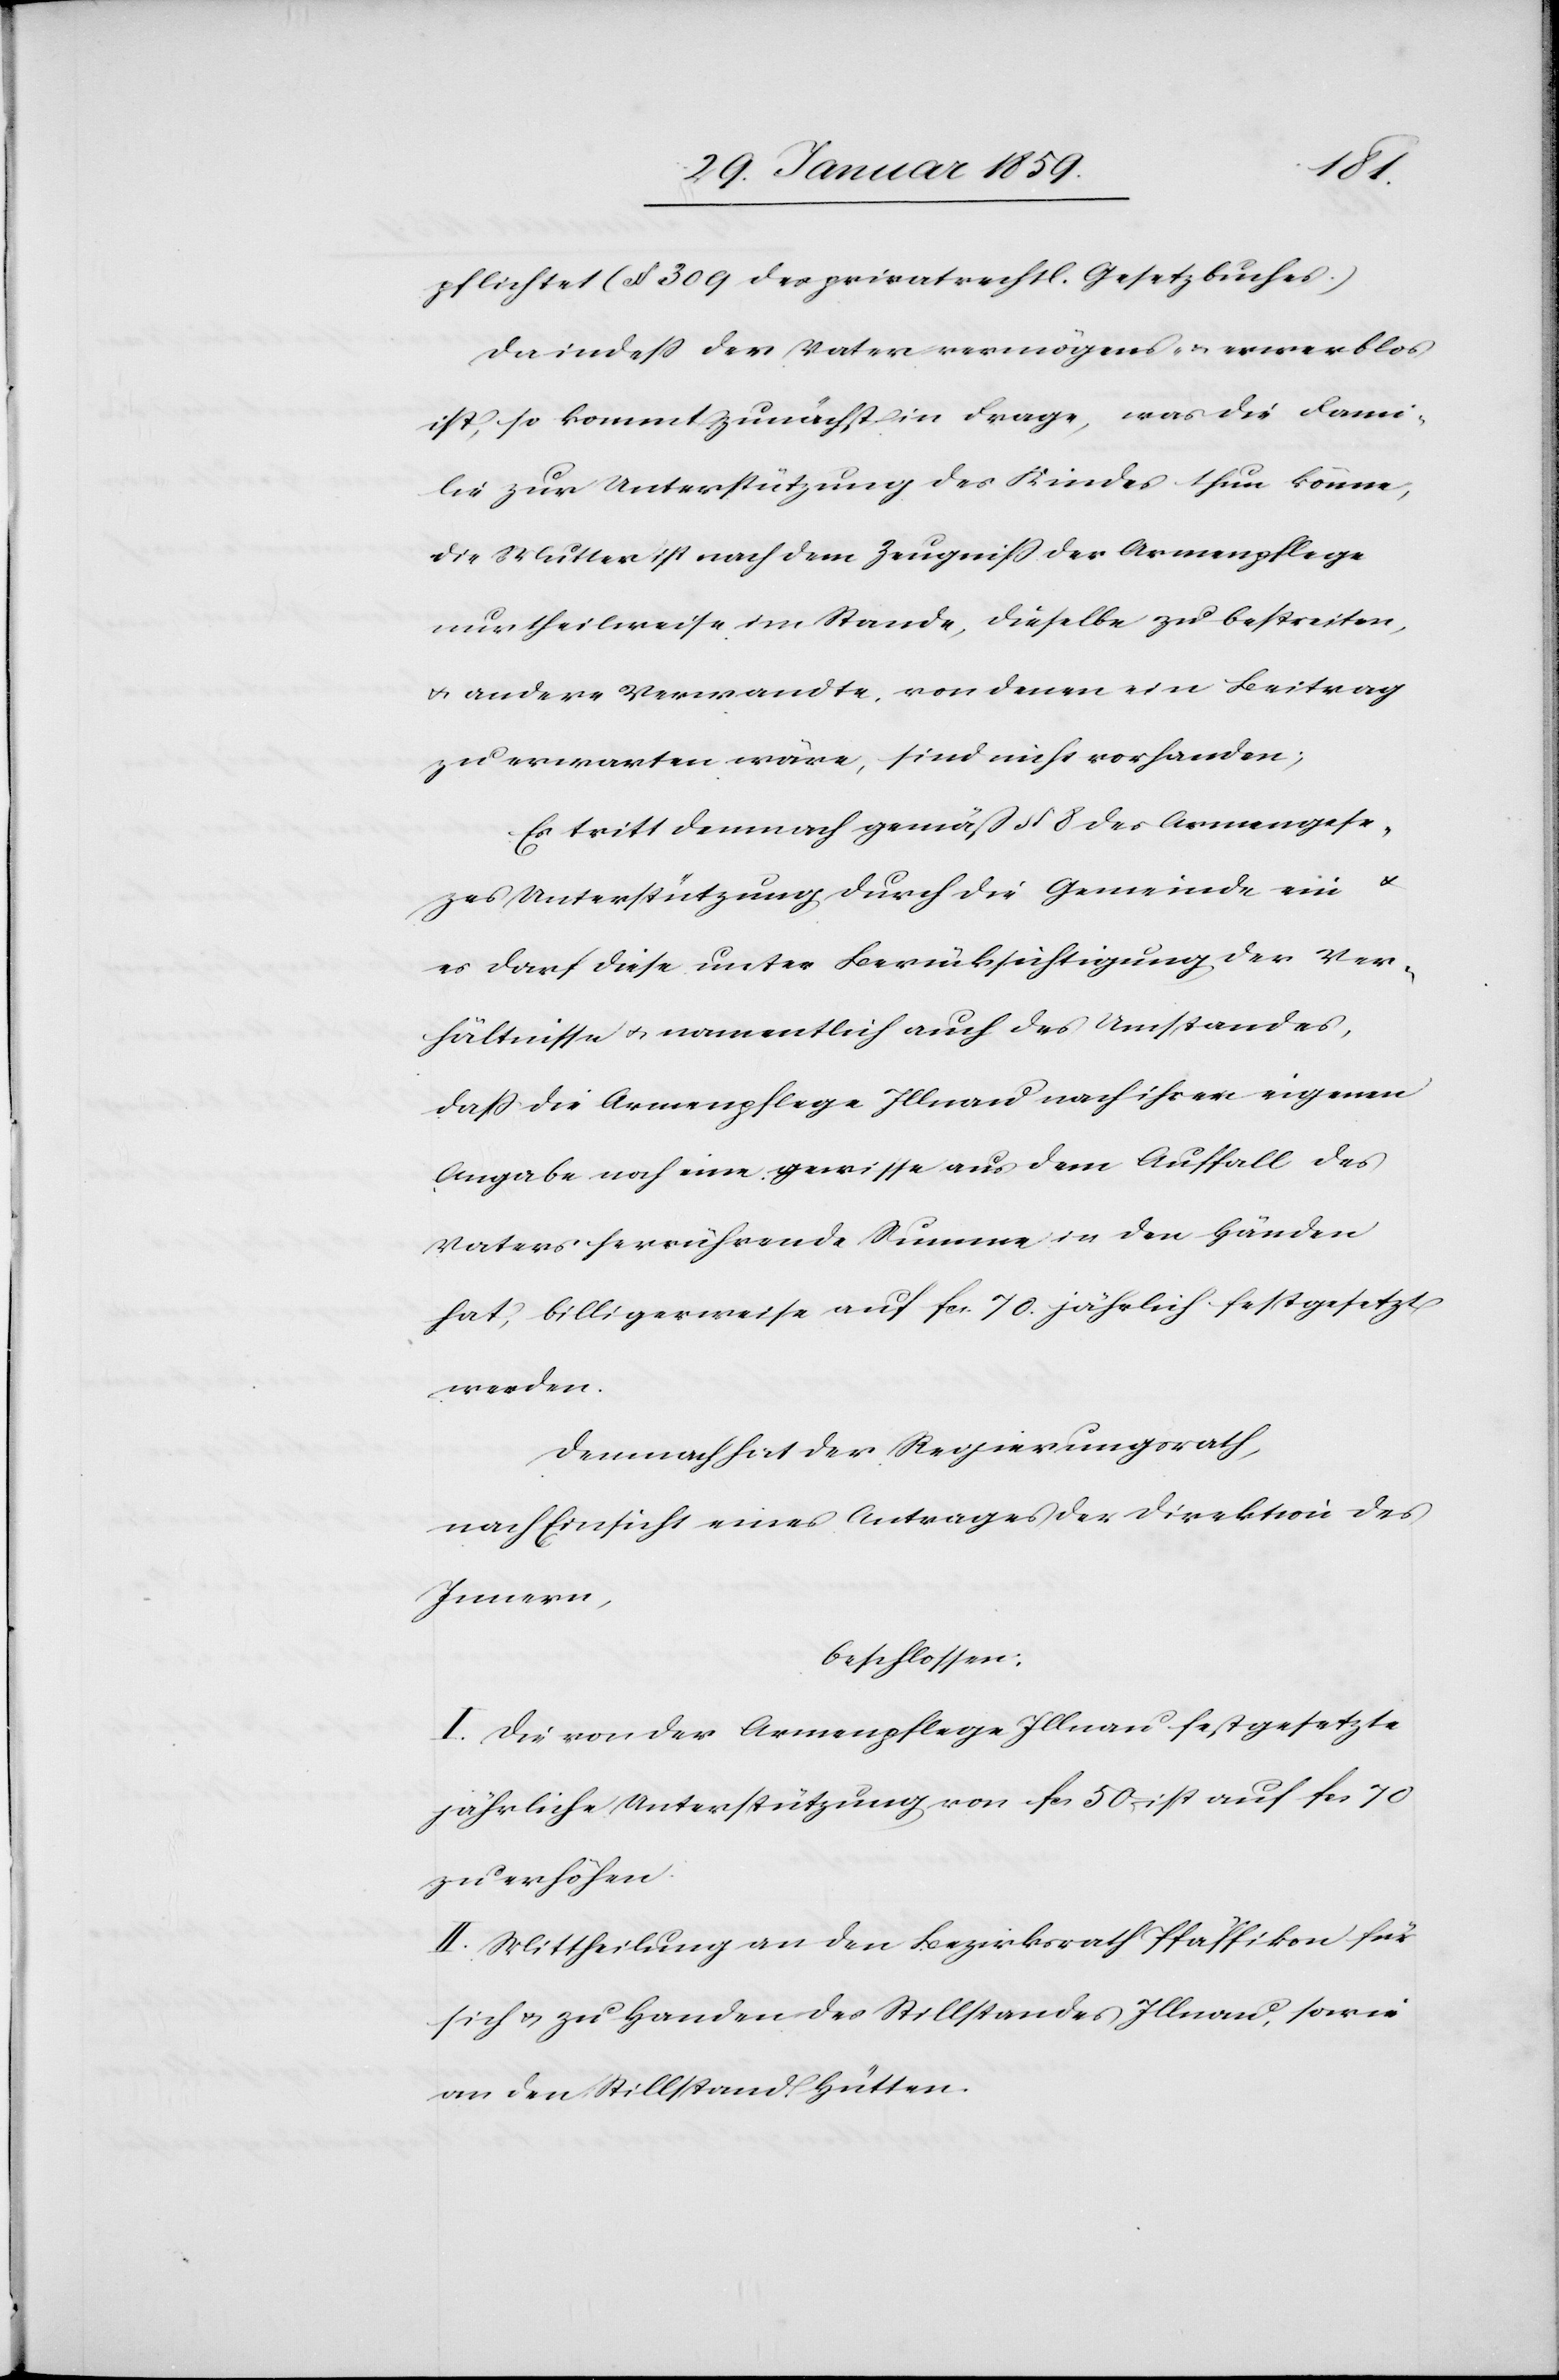
pflichtet (§ 309 des privatrechtl. Gesetzbuches.).
Da indeß der Vater vermögens- u. erwerblos
ist, so kommt zunächst in Frage, was die Fami¬
lie zur Unterstützung des Kindes thun könne;
die Mutter ist nach dem Zeugniß der Armenpflege
nur theilweise im Stande, dieselbe zu bestreiten,
u. andere Verwandte, von denen ein Beitrag
zu erwarten wäre, sind nicht vorhanden;
Es tritt demnach gemäß § 8 des Armengeset¬
zes Unterstützung durch die Gemeinde ein
es darf diese unter Berücksichtigung der Ver¬
hältnisse u. namentlich auch des Umstandes,
daß die Armenpflege Illnau nach ihrer eigenen
Angabe noch eine gewisse aus dem Auffall des
Vaters herrührende Summe in den Händen
hat, billigerweise auf fcs. 70. jährlich festgesetzt
werden.
Demnach hat der Regierungsrath,
nach Einsicht eines Antrages der Direktion des
Innern,
beschlossen:
I. Die von der Armenpflege Illnau festgesetzte
jährliche Unterstützung von fcs 50 ist auf fcs
zu erhöhen.
II. Mittheilung an den Bezirksrath Pfäffikon für
sich u. zu Handen des Stillstandes Illnau, sowie
an den Stillstand Hütten.